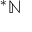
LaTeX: ^ { * } \mathbb { N }